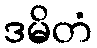
ဒမိတံ